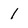
Character: 1